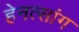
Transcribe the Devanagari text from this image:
हेनत्सांग